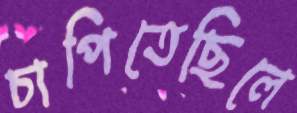
চাপিতেছিলে